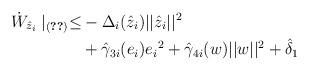
LaTeX: \begin{align*} \dot{W}_{\hat z_i}\mid_{(\ref{dyn:err:im-static})}\leq&-\Delta_i(\hat z_i)||\hat z_i||^2\\ &+\hat\gamma_{3i}(e_i){e_i}^2+\hat\gamma_{4i}(w)||w||^2+\hat \delta_1 \end{align*}